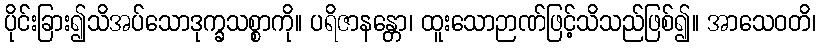
ပိုင်းခြား၍သိအပ်သောဒုက္ခသစ္စာကို။ ပရိဇာနန္တော၊ ထူးသောဉာဏ်ဖြင့်သိသည်ဖြစ်၍။ အာသေဝတိ၊